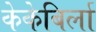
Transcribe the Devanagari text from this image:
केकेबिर्ला